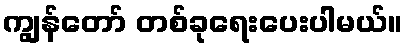
ကျွန်တော် တစ်ခုရေးပေးပါမယ်။